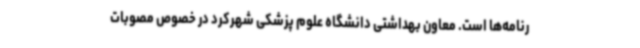
رنامه‌ها است. معاون بهداشتی دانشگاه علوم پزشکی شهرکرد در خصوص مصوبات